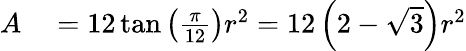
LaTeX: \begin{array}{rl}{A}&{{}=12\tan\left({\frac{\pi}{12}}\right)r^{2}=12\left(2-{\sqrt{3}}\right)r^{2}}\end{array}